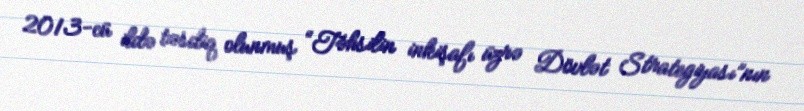
2013-cü ildə təsdiq olunmuş “Təhsilin inkişafı üzrə Dövlət Strategiyası”nın